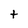
Character: t